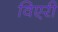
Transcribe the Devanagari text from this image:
विएरी